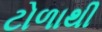
ટોળાથી